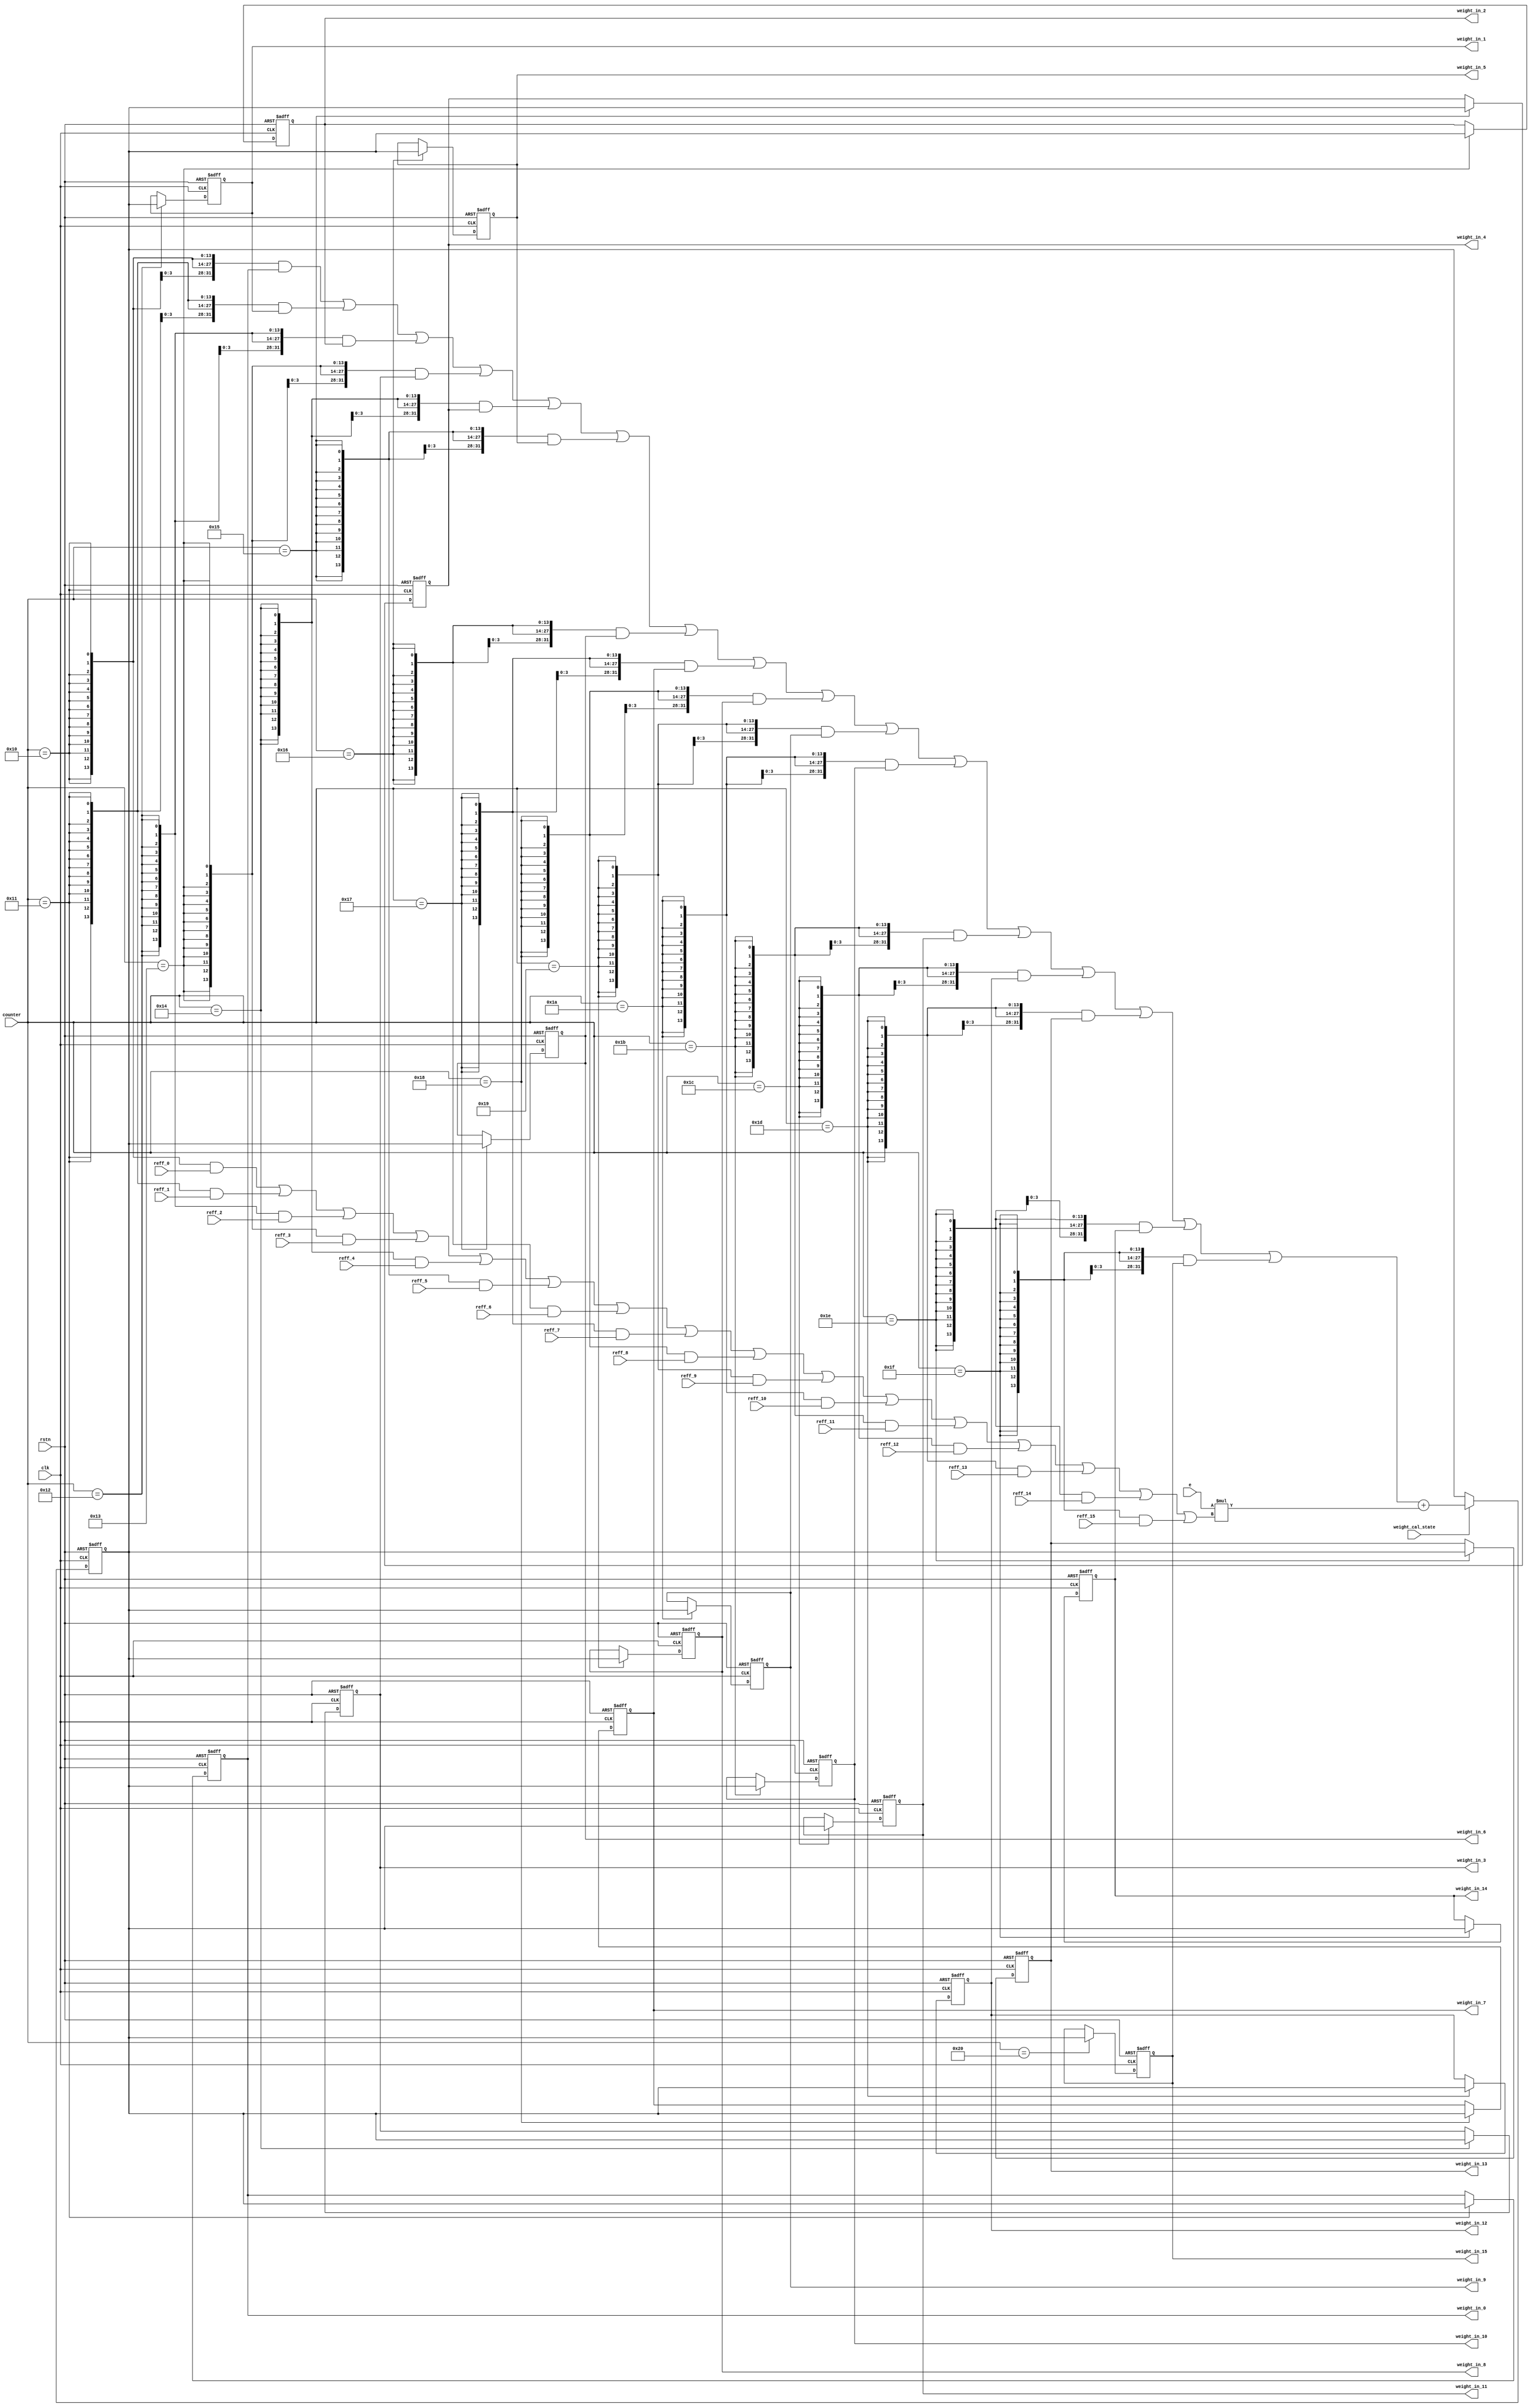
`timescale 1ns/1ps
module ram_weight (counter, weight_cal_state, rstn, clk, e, reff_0, reff_1, reff_2, reff_3, reff_4, reff_5, reff_6, reff_7, reff_8, reff_9, reff_10, reff_11, reff_12, reff_13, reff_14, reff_15, weight_in_0, weight_in_1, weight_in_2, weight_in_3, weight_in_4, weight_in_5, weight_in_6, weight_in_7, weight_in_8, weight_in_9, weight_in_10, weight_in_11, weight_in_12, weight_in_13, weight_in_14, weight_in_15);

input [5:0] counter;
input rstn, clk, weight_cal_state;
input [10:0] e;

input [13:0] reff_0;
input [13:0] reff_1;
input [13:0] reff_2;
input [13:0] reff_3;
input [13:0] reff_4;
input [13:0] reff_5;
input [13:0] reff_6;
input [13:0] reff_7;
input [13:0] reff_8;
input [13:0] reff_9;
input [13:0] reff_10;
input [13:0] reff_11;
input [13:0] reff_12;
input [13:0] reff_13;
input [13:0] reff_14;
input [13:0] reff_15;

output reg [31:0] weight_in_0;
output reg [31:0] weight_in_1;
output reg [31:0] weight_in_2;
output reg [31:0] weight_in_3;
output reg [31:0] weight_in_4;
output reg [31:0] weight_in_5;
output reg [31:0] weight_in_6;
output reg [31:0] weight_in_7;
output reg [31:0] weight_in_8;
output reg [31:0] weight_in_9;
output reg [31:0] weight_in_10;
output reg [31:0] weight_in_11;
output reg [31:0] weight_in_12;
output reg [31:0] weight_in_13;
output reg [31:0] weight_in_14;
output reg [31:0] weight_in_15;
/*
wire [13:0] div_out_0;
wire [13:0] div_out_1;
wire [13:0] div_out_2;
wire [13:0] div_out_3;
wire [13:0] div_out_4;
wire [13:0] div_out_5;
wire [13:0] div_out_6;
wire [13:0] div_out_7;
wire [13:0] div_out_8;
wire [13:0] div_out_9;
wire [13:0] div_out_10;
wire [13:0] div_out_11;
wire [13:0] div_out_12;
wire [13:0] div_out_13;
wire [13:0] div_out_14;
wire [13:0] div_out_15;
*/
//parameter usize = 25;

//********************** MUX ***********************//	
wire [13:0] reff;
wire [31:0] weight_pre;
	
assign reff =   {14{(counter == 6'd16)}} & reff_0 |
		{14{(counter == 6'd17)}} & reff_1 |
		{14{(counter == 6'd18)}} & reff_2 |		
		{14{(counter == 6'd19)}} & reff_3 |
		{14{(counter == 6'd20)}} & reff_4 |
		{14{(counter == 6'd21)}} & reff_5 |		
		{14{(counter == 6'd22)}} & reff_6 |	
		{14{(counter == 6'd23)}} & reff_7 |
		{14{(counter == 6'd24)}} & reff_8 |		
		{14{(counter == 6'd25)}} & reff_9 |
		{14{(counter == 6'd26)}} & reff_10 |
		{14{(counter == 6'd27)}} & reff_11 |		
		{14{(counter == 6'd28)}} & reff_12 |			
		{14{(counter == 6'd29)}} & reff_13 |
		{14{(counter == 6'd30)}} & reff_14 |		
		{14{(counter == 6'd31)}} & reff_15 ;
		
assign weight_pre =     {32{(counter == 6'd16)}} & weight_in_0 |
			{32{(counter == 6'd17)}} & weight_in_1 |
			{32{(counter == 6'd18)}} & weight_in_2 |		
			{32{(counter == 6'd19)}} & weight_in_3 |
			{32{(counter == 6'd20)}} & weight_in_4 |
			{32{(counter == 6'd21)}} & weight_in_5 |		
			{32{(counter == 6'd22)}} & weight_in_6 |	
			{32{(counter == 6'd23)}} & weight_in_7 |
			{32{(counter == 6'd24)}} & weight_in_8 |		
			{32{(counter == 6'd25)}} & weight_in_9 |
			{32{(counter == 6'd26)}} & weight_in_10 |
			{32{(counter == 6'd27)}} & weight_in_11 |		
			{32{(counter == 6'd28)}} & weight_in_12 |			
			{32{(counter == 6'd29)}} & weight_in_13 |
			{32{(counter == 6'd30)}} & weight_in_14 |		
			{32{(counter == 6'd31)}} & weight_in_15 ;		
			
//********************** DSP ***********************//		
reg [31:0] weight;
wire [24:0] multiple;
wire [31:0] dsp_result;

assign multiple = {14'd0, e} * {11'd0, reff};
assign dsp_result = weight_pre + {6'd0, multiple};

    always@(posedge clk or negedge rstn)
    begin
    if (rstn == 0)
        weight <= #2  32'd0;
    else if(weight_cal_state == 1'b1)
	weight <= #2 dsp_result;
    else
        weight <= #2  weight;
    end 

//********************** Output Storage ***********************//
    always@(posedge clk or negedge rstn)
    begin
    if (rstn == 0)
        weight_in_0 <= #2 32'd0;
    else if(counter == 6'd17)
	weight_in_0 <= #2 weight;
    else
        weight_in_0 <= #2 weight_in_0;
    end 

    always@(posedge clk or negedge rstn)
    begin
    if (rstn == 0)
        weight_in_1 <= #2 32'd0;
    else if(counter == 6'd18)
	weight_in_1 <= #2 weight;
    else
        weight_in_1 <= #2 weight_in_1;
    end 

    always@(posedge clk or negedge rstn)
    begin
    if (rstn == 0)
        weight_in_2 <= #2 32'd0;
    else if(counter == 6'd19)
	weight_in_2 <= #2 weight;
    else
        weight_in_2 <= #2 weight_in_2;
    end 

    always@(posedge clk or negedge rstn)
    begin
    if (rstn == 0)
        weight_in_3 <= #2 32'd0;
    else if(counter == 6'd20)
	weight_in_3 <= #2 weight;
    else
        weight_in_3 <= #2 weight_in_3;
    end 

    always@(posedge clk or negedge rstn)
    begin
    if (rstn == 0)
        weight_in_4 <= #2 32'd0;
    else if(counter == 6'd21)
	weight_in_4 <= #2 weight;
    else
        weight_in_4 <= #2 weight_in_4;
    end 

    always@(posedge clk or negedge rstn)
    begin
    if (rstn == 0)
        weight_in_5 <= #2 32'd0;
    else if(counter == 6'd22)
	weight_in_5 <= #2 weight;
    else
        weight_in_5 <= #2 weight_in_5;
    end 

    always@(posedge clk or negedge rstn)
    begin
    if (rstn == 0)
        weight_in_6 <= #2 32'd0;
    else if(counter == 6'd23)
	weight_in_6 <= #2 weight;
    else
        weight_in_6 <= #2 weight_in_6;
    end 

    always@(posedge clk or negedge rstn)
    begin
    if (rstn == 0)
        weight_in_7 <= #2 32'd0;
    else if(counter == 6'd24)
	weight_in_7 <= #2 weight;
    else
        weight_in_7 <= #2 weight_in_7;
    end 

    always@(posedge clk or negedge rstn)
    begin
    if (rstn == 0)
        weight_in_8 <= #2 32'd0;
    else if(counter == 6'd25)
	weight_in_8 <= #2 weight;
    else
        weight_in_8 <= #2 weight_in_8;
    end 

    always@(posedge clk or negedge rstn)
    begin
    if (rstn == 0)
        weight_in_9 <= #2 32'd0;
    else if(counter == 6'd26)
	weight_in_9 <= #2 weight;
    else
        weight_in_9 <= #2 weight_in_9;
    end 

    always@(posedge clk or negedge rstn)
    begin
    if (rstn == 0)
        weight_in_10 <= #2 32'd0;
    else if(counter == 6'd27)
	weight_in_10 <= #2 weight;
    else
        weight_in_10 <= #2 weight_in_10;
    end 

    always@(posedge clk or negedge rstn)
    begin
    if (rstn == 0)
        weight_in_11 <= #2 32'd0;
    else if(counter == 6'd28)
	weight_in_11 <= #2 weight;
    else
        weight_in_11 <= #2 weight_in_11;
    end 

    always@(posedge clk or negedge rstn)
    begin
    if (rstn == 0)
        weight_in_12 <= #2 32'd0;
    else if(counter == 6'd29)
	weight_in_12 <= #2 weight;
    else
        weight_in_12 <= #2 weight_in_12;
    end 

    always@(posedge clk or negedge rstn)
    begin
    if (rstn == 0)
        weight_in_13 <= #2 32'd0;
    else if(counter == 6'd30)
	weight_in_13 <= #2 weight;
    else
        weight_in_13 <= #2 weight_in_13;
    end 

    always@(posedge clk or negedge rstn)
    begin
    if (rstn == 0)
        weight_in_14 <= #2 32'd0;
    else if(counter == 6'd31)
	weight_in_14 <= #2 weight;
    else
        weight_in_14 <= #2 weight_in_14;
    end 

    always@(posedge clk or negedge rstn)
    begin
    if (rstn == 0)
        weight_in_15 <= #2 32'd0;
    else if(counter == 6'd32)
	weight_in_15 <= #2 weight;
    else
        weight_in_15 <= #2 weight_in_15;
    end 

	
/*
	
	always@(posedge clk or negedge rstn)
    begin
    if (rstn == 0)
        weight_in_0 <= #2  32'd0;
    else if(weight_cal_state == 1'b1)
	weight_in_0 <= #2 weight_in_0 +(e * reff_0);//not yet
    else
        weight_in_0 <= #2  weight_in_0;
    end 
	
	
	
	
	
	
	
  always@(posedge clk or negedge rstn)
    begin
    if (rstn == 0)
        weight_in_1 <= #2  32'd0;
    else if(weight_cal_state == 1'b1)
	weight_in_1 <= #2 weight_in_1 + (e * reff_1);//not yet
    else
        weight_in_1 <= #2  weight_in_1;
    end 

    always@(posedge clk or negedge rstn)
    begin
    if (rstn == 0)
        weight_in_2 <= #2  32'd0;
    else if(weight_cal_state == 1'b1)
	weight_in_2 <= #2 weight_in_2 + (e * reff_2);//not yet
    else
        weight_in_2 <= #2  weight_in_2;
    end 

    always@(posedge clk or negedge rstn)
    begin
    if (rstn == 0)
        weight_in_3 <= #2  32'd0;
    else if(weight_cal_state == 1'b1)
	weight_in_3 <= #2 weight_in_3 + (e * reff_3);//not yet
    else
        weight_in_3 <= #2  weight_in_3;
    end 

    always@(posedge clk or negedge rstn)
    begin
    if (rstn == 0)
        weight_in_4 <= #2  32'd0;
    else if(weight_cal_state == 1'b1)
	weight_in_4 <= #2 weight_in_4 + (e * reff_4);//not yet
    else
        weight_in_4 <= #2  weight_in_4;
    end 

    always@(posedge clk or negedge rstn)
    begin
    if (rstn == 0)
        weight_in_5 <= #2  32'd0;
    else if(weight_cal_state == 1'b1)
	weight_in_5 <= #2 weight_in_5 + (e * reff_5);//not yet
    else
        weight_in_5 <= #2  weight_in_5;
    end 

    always@(posedge clk or negedge rstn)
    begin
    if (rstn == 0)
        weight_in_6 <= #2  32'd0;
    else if(weight_cal_state == 1'b1)
	weight_in_6 <= #2 weight_in_6 + (e * reff_6);//not yet
    else
        weight_in_6 <= #2  weight_in_6;
    end 

    always@(posedge clk or negedge rstn)
    begin
    if (rstn == 0)
        weight_in_7 <= #2  32'd0;
    else if(weight_cal_state == 1'b1)
	weight_in_7 <= #2 weight_in_7 + (e * reff_7);//not yet
    else
        weight_in_7 <= #2  weight_in_7;
    end 

    always@(posedge clk or negedge rstn)
    begin
    if (rstn == 0)
        weight_in_8 <= #2  32'd0;
    else if(weight_cal_state == 1'b1)
	weight_in_8 <= #2 weight_in_8 + (e * reff_8);//not yet
    else
        weight_in_8 <= #2  weight_in_8;
    end 

    always@(posedge clk or negedge rstn)
    begin
    if (rstn == 0)
        weight_in_9 <= #2  32'd0;
    else if(weight_cal_state == 1'b1)
	weight_in_9 <= #2 weight_in_9+ (e * reff_9);//not yet
    else
        weight_in_9 <= #2  weight_in_9;
    end 

    always@(posedge clk or negedge rstn)
    begin
    if (rstn == 0)
        weight_in_10 <= #2  32'd0;
    else if(weight_cal_state == 1'b1)
	weight_in_10 <= #2 weight_in_10 + (e * reff_10);//not yet
    else
        weight_in_10 <= #2  weight_in_10;
    end 

    always@(posedge clk or negedge rstn)
    begin
    if (rstn == 0)
        weight_in_11 <= #2  32'd0;
    else if(weight_cal_state == 1'b1)
	weight_in_11 <= #2 weight_in_11 + (e * reff_11);//not yet
    else
        weight_in_11 <= #2  weight_in_11;
    end 

    always@(posedge clk or negedge rstn)
    begin
    if (rstn == 0)
        weight_in_12 <= #2  32'd0;
    else if(weight_cal_state == 1'b1)
	weight_in_12 <= #2 weight_in_12 + (e * reff_12);//not yet
    else
        weight_in_12 <= #2  weight_in_12;
    end 

    always@(posedge clk or negedge rstn)
    begin
    if (rstn == 0)
        weight_in_13 <= #2  32'd0;
    else if(weight_cal_state == 1'b1)
	weight_in_13 <= #2 weight_in_13 + (e * reff_13);//not yet
    else
        weight_in_13 <= #2  weight_in_13;
    end 

    always@(posedge clk or negedge rstn)
    begin
    if (rstn == 0)
        weight_in_14 <= #2  32'd0;
    else if(weight_cal_state == 1'b1)
	weight_in_14 <= #2 weight_in_14 + (e * reff_14);//not yet
    else
        weight_in_14 <= #2  weight_in_14;
    end 

	
    always@(posedge clk or negedge rstn)
    begin
    if (rstn == 0)
        weight_in_15 <= #2  32'd0;
    else if(weight_cal_state == 1'b1)
	weight_in_15 <= #2 weight_in_15 + (e * reff_15);//not yet
    else
        weight_in_15 <= #2  weight_in_15;
    end
*/






/*

	always@(posedge clk or negedge rstn)
    begin
    if (rstn == 0)
        weight_in_0 <= #2  32'd0;
    else if(weight_cal_state == 1'b1)
	weight_in_0 <= #2 weight_in_0 +div_out_0;//not yet
    else
        weight_in_0 <= #2  weight_in_0;
    end 
	
		
  always@(posedge clk or negedge rstn)
    begin
    if (rstn == 0)
        weight_in_1 <= #2  32'd0;
    else if(weight_cal_state == 1'b1)
	weight_in_1 <= #2 weight_in_1 + div_out_1;//not yet
    else
        weight_in_1 <= #2  weight_in_1;
    end 

    always@(posedge clk or negedge rstn)
    begin
    if (rstn == 0)
        weight_in_2 <= #2  32'd0;
    else if(weight_cal_state == 1'b1)
	weight_in_2 <= #2 weight_in_2 + div_out_2;//not yet
    else
        weight_in_2 <= #2  weight_in_2;
    end 

    always@(posedge clk or negedge rstn)
    begin
    if (rstn == 0)
        weight_in_3 <= #2  32'd0;
    else if(weight_cal_state == 1'b1)
	weight_in_3 <= #2 weight_in_3 + div_out_3;//not yet
    else
        weight_in_3 <= #2  weight_in_3;
    end 

    always@(posedge clk or negedge rstn)
    begin
    if (rstn == 0)
        weight_in_4 <= #2  32'd0;
    else if(weight_cal_state == 1'b1)
	weight_in_4 <= #2 weight_in_4 + div_out_4;//not yet
    else
        weight_in_4 <= #2  weight_in_4;
    end 

    always@(posedge clk or negedge rstn)
    begin
    if (rstn == 0)
        weight_in_5 <= #2  32'd0;
    else if(weight_cal_state == 1'b1)
	weight_in_5 <= #2 weight_in_5 + div_out_5;//not yet
    else
        weight_in_5 <= #2  weight_in_5;
    end 

    always@(posedge clk or negedge rstn)
    begin
    if (rstn == 0)
        weight_in_6 <= #2  32'd0;
    else if(weight_cal_state == 1'b1)
	weight_in_6 <= #2 weight_in_6 + div_out_6;//not yet
    else
        weight_in_6 <= #2  weight_in_6;
    end 

    always@(posedge clk or negedge rstn)
    begin
    if (rstn == 0)
        weight_in_7 <= #2  32'd0;
    else if(weight_cal_state == 1'b1)
	weight_in_7 <= #2 weight_in_7 + div_out_7;//not yet
    else
        weight_in_7 <= #2  weight_in_7;
    end 

    always@(posedge clk or negedge rstn)
    begin
    if (rstn == 0)
        weight_in_8 <= #2  32'd0;
    else if(weight_cal_state == 1'b1)
	weight_in_8 <= #2 weight_in_8 + div_out_8;//not yet
    else
        weight_in_8 <= #2  weight_in_8;
    end 

    always@(posedge clk or negedge rstn)
    begin
    if (rstn == 0)
        weight_in_9 <= #2  32'd0;
    else if(weight_cal_state == 1'b1)
	weight_in_9 <= #2 weight_in_9+ div_out_9;//not yet
    else
        weight_in_9 <= #2  weight_in_9;
    end 

    always@(posedge clk or negedge rstn)
    begin
    if (rstn == 0)
        weight_in_10 <= #2  32'd0;
    else if(weight_cal_state == 1'b1)
	weight_in_10 <= #2 weight_in_10 + div_out_10;//not yet
    else
        weight_in_10 <= #2  weight_in_10;
    end 

    always@(posedge clk or negedge rstn)
    begin
    if (rstn == 0)
        weight_in_11 <= #2  32'd0;
    else if(weight_cal_state == 1'b1)
	weight_in_11 <= #2 weight_in_11 + div_out_11;//not yet
    else
        weight_in_11 <= #2  weight_in_11;
    end 

    always@(posedge clk or negedge rstn)
    begin
    if (rstn == 0)
        weight_in_12 <= #2  32'd0;
    else if(weight_cal_state == 1'b1)
	weight_in_12 <= #2 weight_in_12 + div_out_12;//not yet
    else
        weight_in_12 <= #2  weight_in_12;
    end 

    always@(posedge clk or negedge rstn)
    begin
    if (rstn == 0)
        weight_in_13 <= #2  32'd0;
    else if(weight_cal_state == 1'b1)
	weight_in_13 <= #2 weight_in_13 + div_out_13;//not yet
    else
        weight_in_13 <= #2  weight_in_13;
    end 

    always@(posedge clk or negedge rstn)
    begin
    if (rstn == 0)
        weight_in_14 <= #2  32'd0;
    else if(weight_cal_state == 1'b1)
	weight_in_14 <= #2 weight_in_14 + div_out_14;//not yet
    else
        weight_in_14 <= #2  weight_in_14;
    end 

	
    always@(posedge clk or negedge rstn)
    begin
    if (rstn == 0)
        weight_in_15 <= #2  32'd0;
    else if(weight_cal_state == 1'b1)
	weight_in_15 <= #2 weight_in_15 + div_out_15;//not yet
    else
        weight_in_15 <= #2  weight_in_15;
    end
	
	
wire [25:0] mux_0;
wire [25:0] mux_1;
wire [25:0] mux_2;
wire [25:0] mux_3;
wire [25:0] mux_4;
wire [25:0] mux_5;
wire [25:0] mux_6;
wire [25:0] mux_7;
wire [25:0] mux_8;
wire [25:0] mux_9;
wire [25:0] mux_10;
wire [25:0] mux_11;
wire [25:0] mux_12;
wire [25:0] mux_13;
wire [25:0] mux_14;
wire [25:0] mux_15;
assign mux_0 = e * reff_0;
assign mux_1 = e * reff_1;
assign mux_2 = e * reff_2;
assign mux_3 = e * reff_3;
assign mux_4 = e * reff_4;
assign mux_5 = e * reff_5;
assign mux_6 = e * reff_6;
assign mux_7 = e * reff_7;
assign mux_8 = e * reff_8;
assign mux_9 = e * reff_9;
assign mux_10 = e * reff_10;
assign mux_11 = e * reff_11;
assign mux_12 = e * reff_12;
assign mux_13 = e * reff_13;
assign mux_14 = e * reff_14;
assign mux_15 = e * reff_15;
	
DIV DIV_0(.rstn(rstn), .clk(clk), .in(mux_0), .out(div_out_0));
DIV DIV_1(.rstn(rstn), .clk(clk), .in(mux_1), .out(div_out_1));
DIV DIV_2(.rstn(rstn), .clk(clk), .in(mux_2), .out(div_out_2));
DIV DIV_3(.rstn(rstn), .clk(clk), .in(mux_3), .out(div_out_3));
DIV DIV_4(.rstn(rstn), .clk(clk), .in(mux_4), .out(div_out_4));
DIV DIV_5(.rstn(rstn), .clk(clk), .in(mux_5), .out(div_out_5));
DIV DIV_6(.rstn(rstn), .clk(clk), .in(mux_6), .out(div_out_6));
DIV DIV_7(.rstn(rstn), .clk(clk), .in(mux_7), .out(div_out_7));
DIV DIV_8(.rstn(rstn), .clk(clk), .in(mux_8), .out(div_out_8));
DIV DIV_9(.rstn(rstn), .clk(clk), .in(mux_9), .out(div_out_9));
DIV DIV_10(.rstn(rstn), .clk(clk), .in(mux_10), .out(div_out_10));
DIV DIV_11(.rstn(rstn), .clk(clk), .in(mux_11), .out(div_out_11));
DIV DIV_12(.rstn(rstn), .clk(clk), .in(mux_12), .out(div_out_12));
DIV DIV_13(.rstn(rstn), .clk(clk), .in(mux_13), .out(div_out_13));
DIV DIV_14(.rstn(rstn), .clk(clk), .in(mux_14), .out(div_out_14));
DIV DIV_15(.rstn(rstn), .clk(clk), .in(mux_15), .out(div_out_15));
*/

endmodule